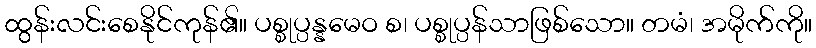
ထွန်းလင်းစေနိုင်ကုန်၏။ ပစ္စုပ္ပန္နမေဝ စ၊ ပစ္စုပ္ပန်သာဖြစ်သော။ တမံ၊ အမိုက်ကို။